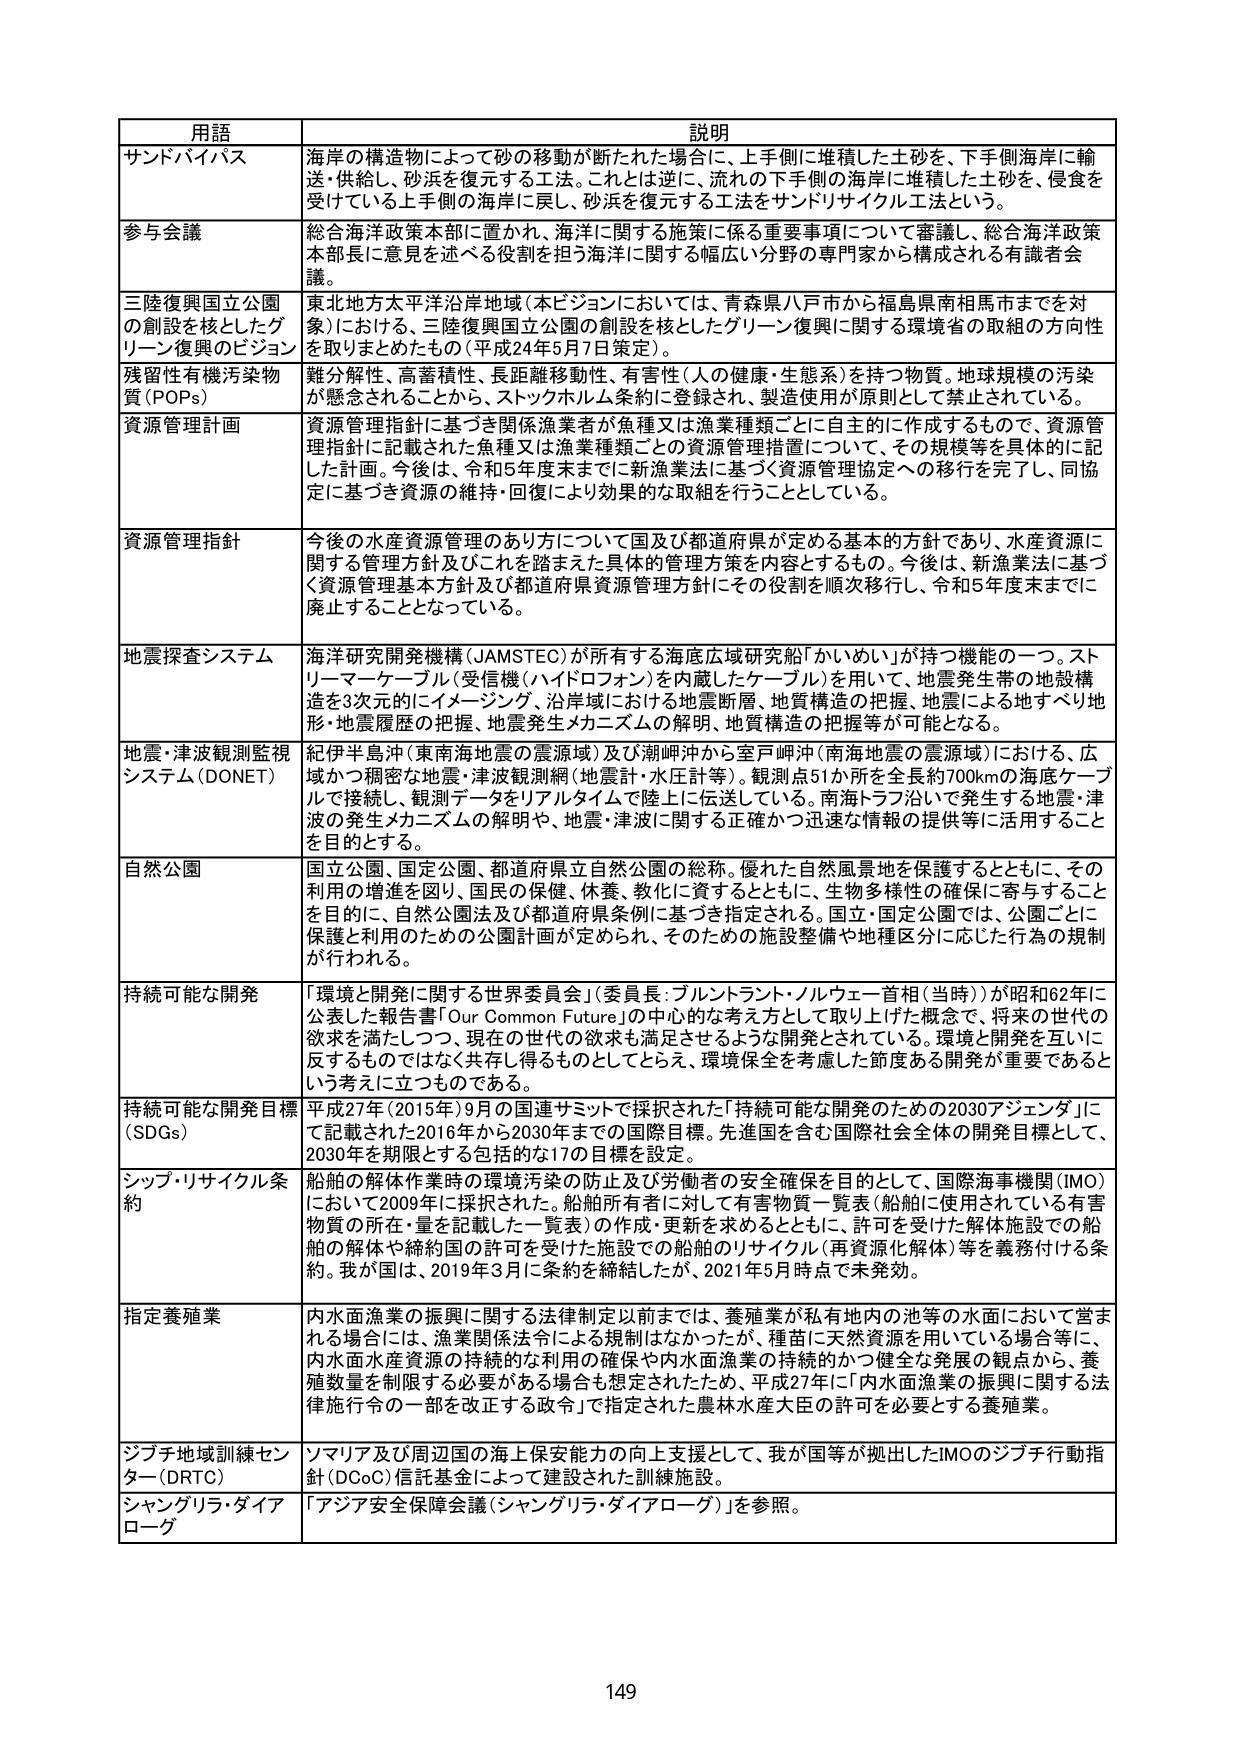
用語 説明
サンドバイパス 海岸の構造物によって砂の移動が断たれた場合に、上手側に堆積した土砂を、下手側海岸に輸送・供給し、砂浜を復元する工法。これは逆に、流れの下手側の海岸に堆積した土砂を、侵食を受けている上手側の海岸に戻し、砂浜を復元する工法をサンドリサイクル工法という。
参与会議 総合海洋政策本部に置かれ、海洋に関する施策に係る重要事項について審議し、総合海洋政策本部長に意見を述べる役割を担う海洋に関する幅広い分野の専門家から構成される有識者会議。
三陸復興国立公園の創設を核としたグリーン復興のビジョン 東北地方太平洋沿岸地域（本ビジョンにおいては、青森県八戸市から福島県南相馬市までを対象）における、三陸復興国立公園の創設を核としたグリーン復興に関する環境省の取組の方向性を取りまとめたもの（平成24年5月7日策定）。
残留性有機汚染物質（POPs） 難分解性、高蓄積性、長距離移動性、有害性（人の健康・生態系）を持つ物質。地球規模の汚染が懸念されることから、ストックホルム条約に登録され、製造使用が原則として禁止されている。
資源管理計画 資源管理指針に基づき関係漁業者が魚種又は漁業種類ごとに自主的に作成するもので、資源管理指針に記載された魚種又は漁業種類ごとの資源管理措置について、その規模等を具体的に記した計画。今後は、令和5年度末までに新漁業法に基づく資源管理協定への移行を完了し、同協定に基づき資源の維持・回復により効果的な取組を行うこととしている。
資源管理指針 今後の水産資源管理のあり方について国及び都道府県が定める基本の方針であり、水産資源に関する管理方針及びこれを踏まえた具体的管理方策を内容とするもの。今後は、新漁業法に基づく資源管理基本方針及び都道府県資源管理方針にその役割を順次移行し、令和5年度末までに廃止することとなっている。
地震探査システム 海洋研究開発機構（JAMSTEC）が所有する海底広域研究船「かいめい」が持つ機能の一つ。ストリーマーケーブル（受信機（ハイドロフォン）を内蔵したケーブル）を用いて、地震発生時の地殻構造を3次元的にイメージング、沿岸域における地震断層、地質構造の把握、地震による地すべり地形・地震履歴の把握、地震発生メカニズムの解明、地質構造の把握等が可能となる。
地震・津波観測監視システム（DONET） 紀伊半島沖（東南海地震の震源域）及び潮岬沖から室戸岬沖（南海地震の震源域）における、広域かつ稠密な地震・津波観測網（地震計・水圧計等）。観測点51か所を全長約700kmの海底ケーブルで接続し、観測データをリアルタイムで陸上に伝送している。南海トラフ沿いで発生する地震・津波の発生メカニズムの解明や、地震・津波に関する正確かつ迅速な情報の提供等に活用することを目的とする。
自然公園 国立公園、国定公園、都道府県立自然公園の総称。優れた自然風景地を保護するとともに、その利用の増進を図り、国民の保健、休養、教化に資するとともに、生物多様性の確保に寄与することを目的に、自然公園法及び都道府県条例に基づき指定される。国立・国定公園では、公園ごとに保護と利用のための公園計画が定められ、そのための施設整備や地種区分に応じた行為の規制が行われる。
持続可能な開発 「環境と開発に関する世界委員会」（委員長：ブルントランド・ノルウェー首相（当時））が昭和62年に公表した報告書「Our Common Future」の中のな概念として取り上げた概念で、将来の世代の欲求を満たしつつ、現在の世代の欲求も満足させるような開発とされている。環境と開発を互いに反するものではなく共存し得るものとしてとらえ、環境保全を考慮した節度ある開発が重要であるという考えに立つものである。
持続可能な開発目標（SDGs） 平成27年（2015年）9月の国連サミットで採択された「持続可能な開発のための2030アジェンダ」にて記載された2016年から2030年までの国際目標。先進国を含む国際社会全体の開発目標として、2030年を期限とする包括的な17の目標を設定。
シップ・リサイクル条約 船舶の解体作業時の環境汚染の防止及び労働者の安全確保を目的として、国際海事機関（IMO）において2009年に採択された。船舶所有者に対して有害物質一覧表（船舶に使用されている有害物質の所在・量を記載した一覧表）の作成・更新を求めるとともに、許可を受けた解体施設での船舶の解体や締約国の許可を受けた施設での船舶のリサイクル（再資源化解体）等を義務付ける条約。我が国は、2019年3月に条約を締結したが、2021年5月時点で未発効。
指定養殖業 内水面漁業の振興に関する法律制定以前までは、養殖業が私有地内の池等の水面において営まれる場合には、漁業関係法令による規制はなかったが、種苗に天然資源を用いている場合等に、内水面水産資源の持続的な利用の確保や内水面漁業の持続的かつ健全な発展の観点から、養殖数量を制限する必要がある場合も想定されたため、平成27年に「内水面漁業の振興に関する法律施行令の一部を改正する政令」で指定された農林水産大臣の許可を必要とする養殖業。
ジブチ地域訓練センター（DRTC） ソマリア及び周辺国の海上保安能力の向上支援として、我が国等が拠出したIMOのジブチ行動指針（DCoC）信託基金によって建設された訓練施設。
シャングリラ・ダイアローグ 「アジア安全保障会議（シャングリラ・ダイアローグ）」を参照。
149